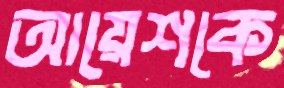
আয়েশকে